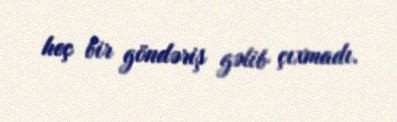
heç bir göndəriş gəlib çıxmadı.